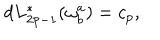
d L _ { 2 p - 1 } ^ { * } ( \omega _ { b } ^ { a } ) = c _ { p } ,